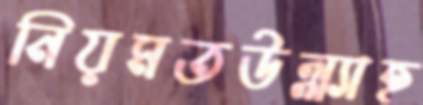
নিয়মতউল্ল্যাহ